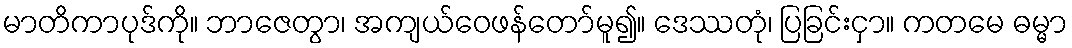
မာတိကာပုဒ်ကို။ ဘာဇေတွာ၊ အကျယ်ဝေဖန်တော်မူ၍။ ဒေဿတုံ၊ ပြခြင်းငှာ။ ကတမေ ဓမ္မာ